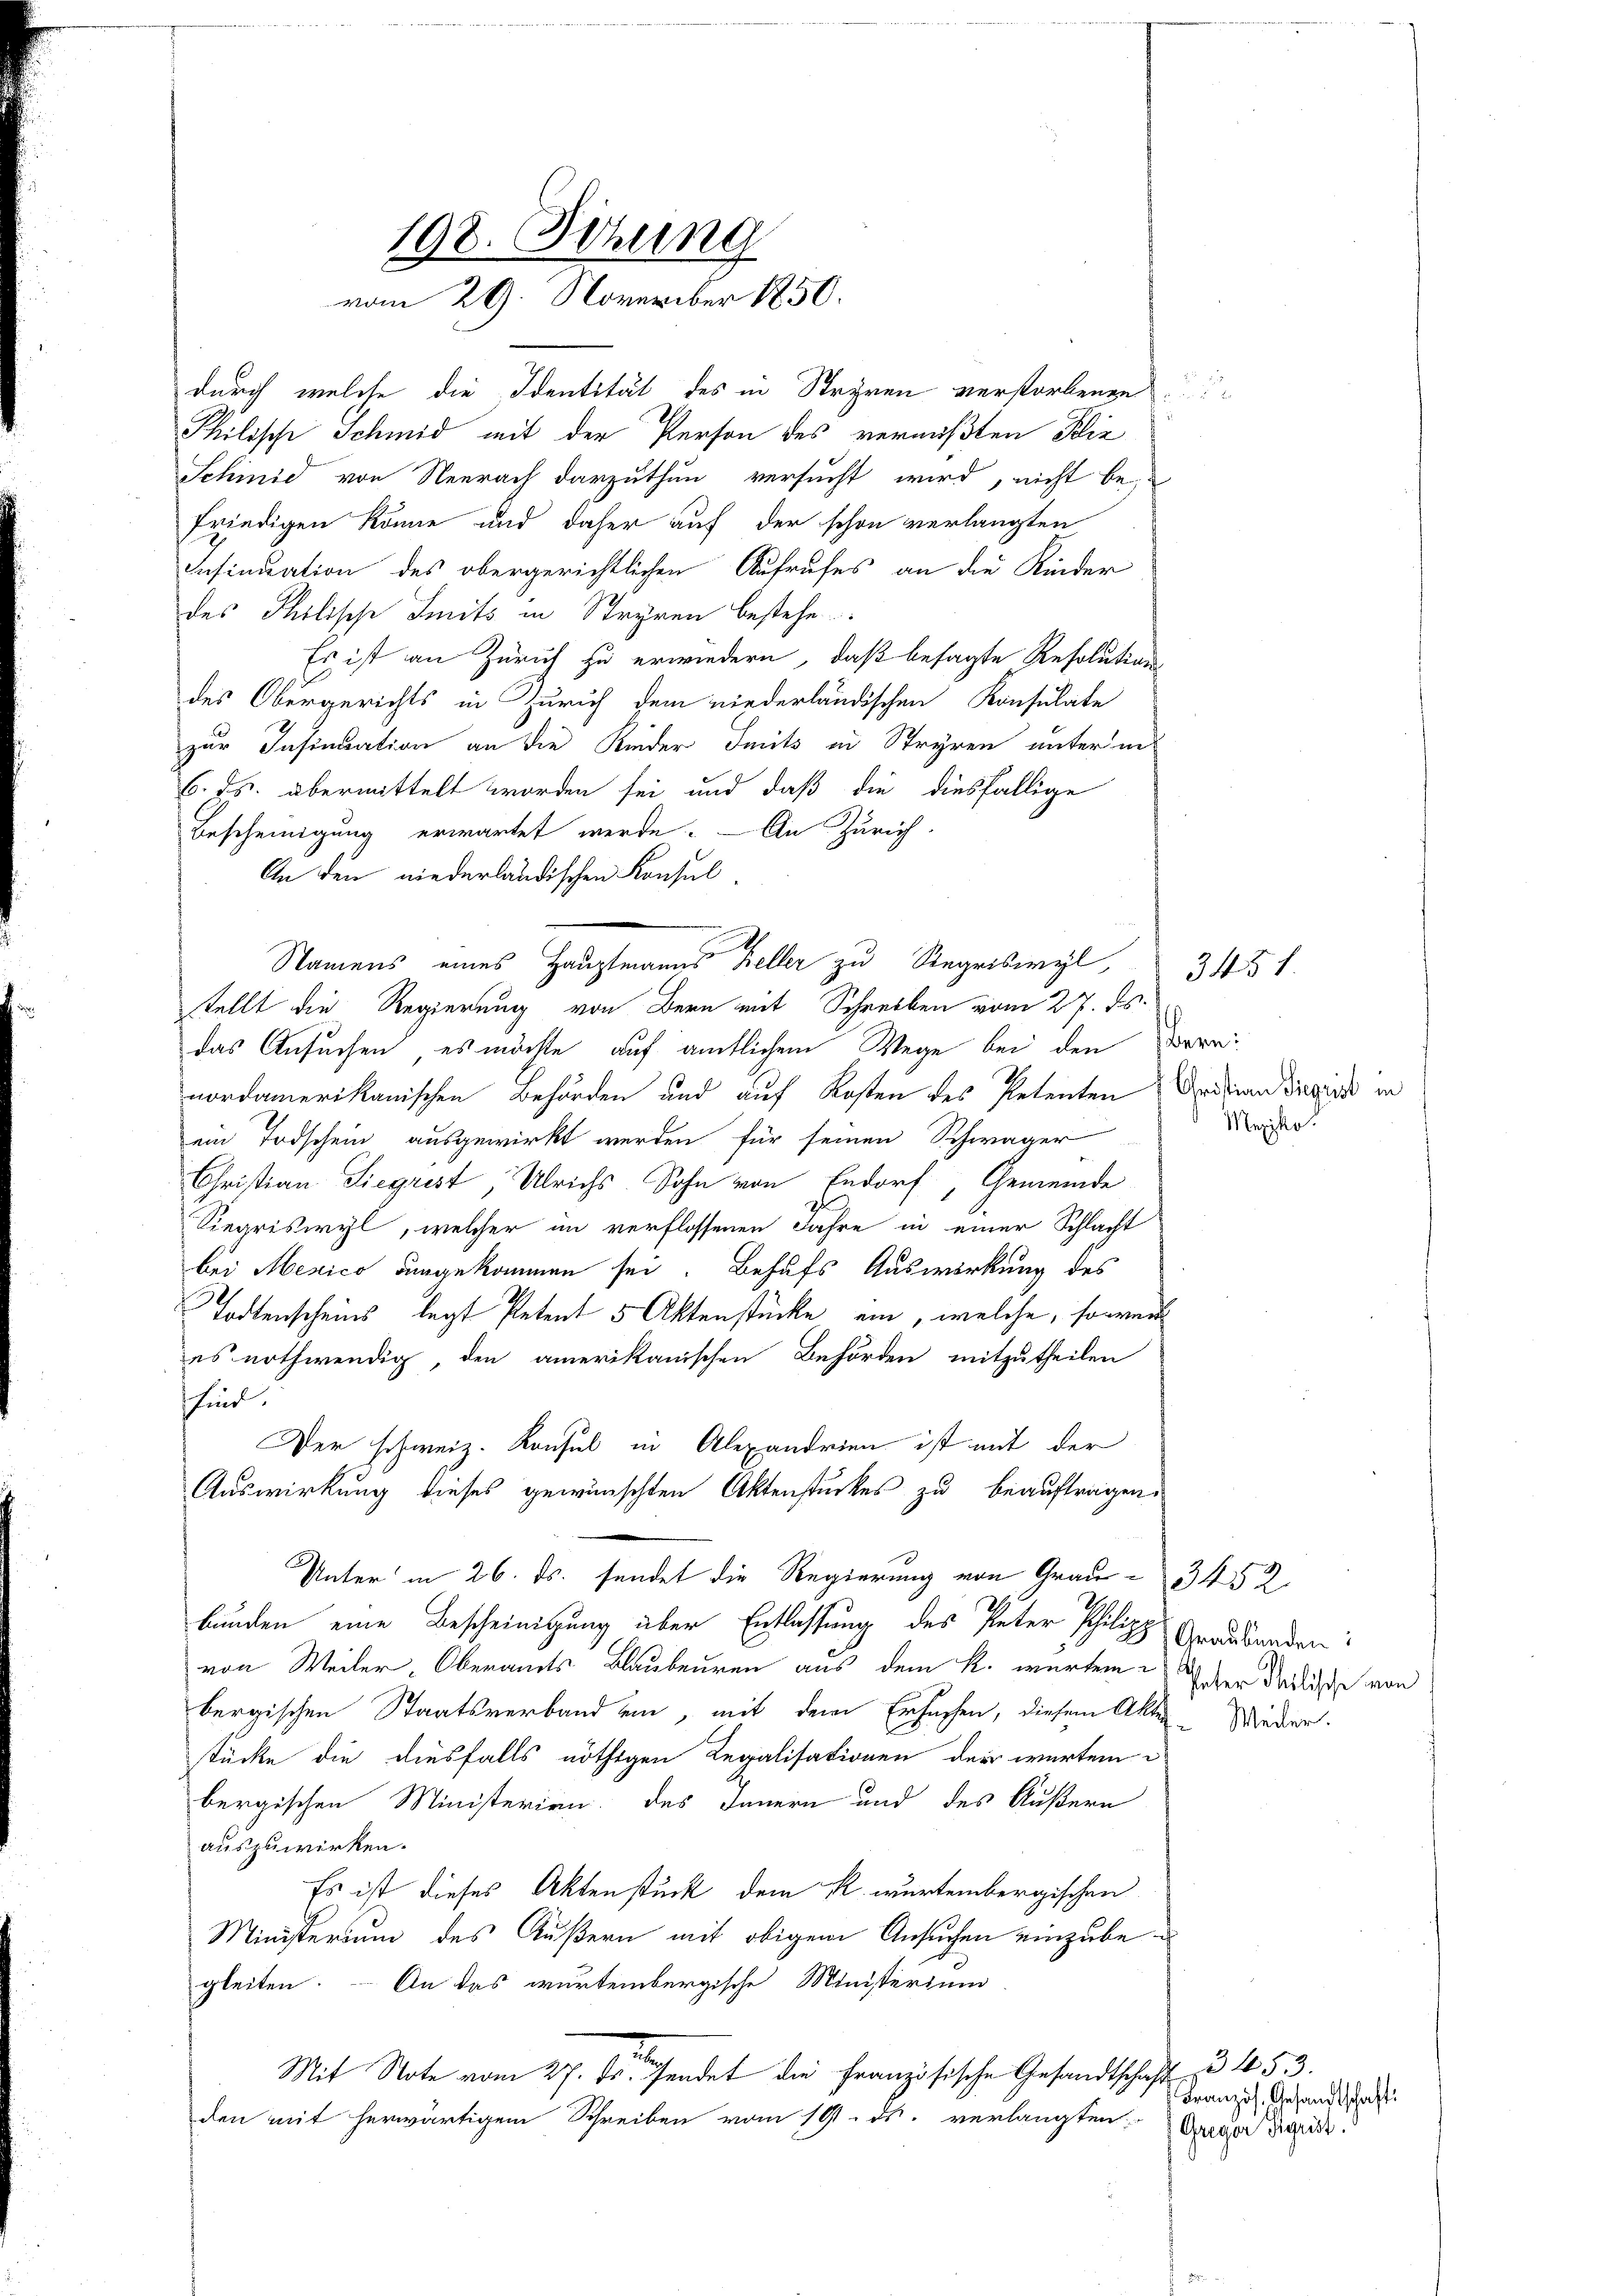
198. Dezung
vom 29. November 1850.

Philische Schmid mit der Person des vermißten Bliz
Schinid von Neerach darzuthun versucht wird, nicht be-
friedigen könne und daher auf der schon verlangten
Insinuation des obergerichtlichen Aufrufes an die Kinder
des Tholische Smits in Stryren bestehe
Es ist an Zürich zu erwiedern, daß besagte Resolutions-
des Obergerichts in Zürich dem niederländischen Konsulate
zur Insinuation an die Kinder Seits in Stryren unter in
6. ds. übermittelt worden sei und daß die diesfällige
Bescheinigung erwartet werde. — An Zürich.
An den niederländischen Konsulstellt die Regierung von Bern mit Schreiben vom 27. ds.
das Ansuchen, es möchte auf amtlichem Wege bei den Beranordamerikanischen Behörden und auf Kosten des Petenten Aristian Diezind in
ein Todschein ausgewirkt werden für seinen Schwager
Christian Siegrist, Ulrichs- Sohn von Endorf, Gemeinde
Siegriswyl, welcher im verflossenen Jahre in einer Schlacht
bei Mexico ungekommen sei. Behufs Auswirkung des
Todtenscheins, legt Petent 5 Aktenstücke ein, welche, soweit
es nothwendig, den amerikanischen Behörden mitzutheilen
sind.
Der schweiz. Konsul in Alexandrien ist mit der
Auswirkung dieses gewünschten Aktenstückes zu beauftragen.
Unter in 26. ds. sendet die Regierung von Grau 3452
bunden eine Bescheinigung über Entlassung des Peter Philipp Graubünden:
von Weiler-Oberamts Blaubeuren aus dem k. würteme der Radice von
bergischen Staatsverband ein, mit dem Ersachen, diesem Akten. Wieder.
tücke die diesfalls nöthigen Regalisationen der wartem
bergischen Ministerien des Innern und des Äußern
auszuwirken.
Es ist dieses Aktenstück dem k. würtembergischen
Ministerium des Äußern mit obigem Ansuchen einzube¬
An das wurtembergische Ministerium
gleiten.
Mit Note vom 27. ds. sendet die Französische Gesandtschaft u. 153.
den mit herwärtigem Schreiben vom 19. ds. verlangten Orcapi die

durch welche die Identität des in Stryren verstorbenen

Namens eines Hauptmanns Keller zu Regriswyl,

Meziko

345 f

Französ. Gesandtschaft: